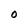
Character: O